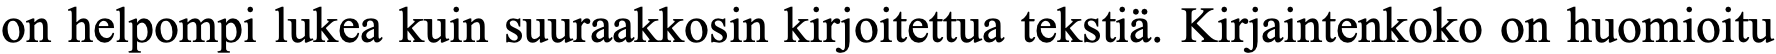
on helpompi lukea kuin suuraakkosin kirjoitettua tekstiä. Kirjaintenkoko on huomioitu